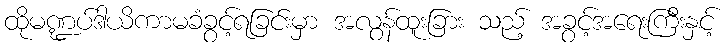
ထိုမဏ္ဍပ်ဒါယိကာမခံခွင့်ရခြင်းမှာ အလွန်ထူးခြား သည့် အခွင့်အရေးကြီးနှင့်